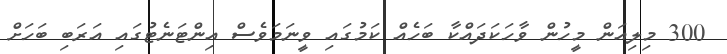
300 މިލިއަން މީހުން ވާހަކަދައްކާ ބަހެއް ކަމުގައި ވީނަމަވެސް އިންޓަނެޓުގައި އަރަބި ބަހަށް